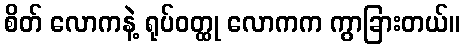
စိတ် လောကနဲ့ ရုပ်ဝတ္ထု လောကက ကွာခြားတယ်။